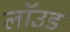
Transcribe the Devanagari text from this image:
लॉउड